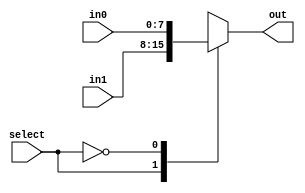
`timescale 1ns / 1ps
//////////////////////////////////////////////////////////////////////////////////
// Company: 
// Engineer: 
// 
// Design Name: 
// Module Name: jump_mux
// Project Name: 
// Target Devices: 
// Tool Versions: 
// Description: 
// 
// Dependencies: 
// 
// Revision:
// Revision 0.01 - File Created
// Additional Comments:
// 
//////////////////////////////////////////////////////////////////////////////////

module jump_mux(

input [7:0] in0,
input [7:0] in1,
input select,
output reg [7:0] out
 );
always @(*)
    begin
        case(select)
        1'b1: 
           out = in1;
        1'b0: 
           out = in0;
        default: out = in0; 
        endcase
    end
endmodule